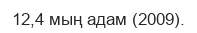
12,4 мың адам (2009).